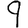
Digit: 9